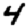
Digit: 4